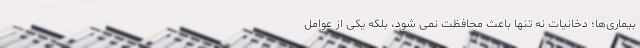
بیماری‌ها؛ دخانیات نه تنها باعث محافظت نمی شود، بلکه یکی از عوامل